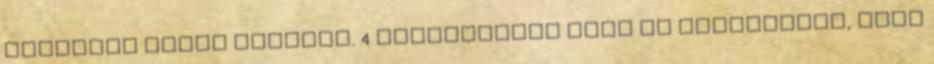
személyt lehet jelölni. 4 Választásra csak az bocsátható, akit